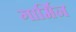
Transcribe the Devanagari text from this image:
गार्मिन